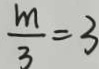
\frac { m } { 3 } = 3